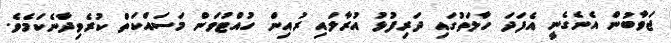
ޖަވާބުން އެނެގެނީ އެފަދަ ހާލަތުގައި ދަރިފުޅު އުރާލައި ރުއިން ހުއްޓުވަން މަސައްކަތް ކުރެވިދާނެކަމެވެ.